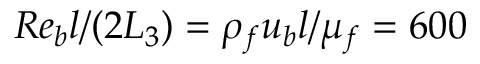
R e _ { b } l / ( 2 L _ { 3 } ) = \rho _ { f } u _ { b } l / \mu _ { f } = 6 0 0